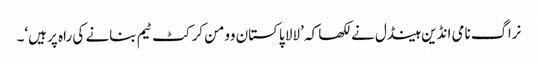
نراگ نامی انڈین ہینڈل نے لکھا کہ ’لالا پاکستان وومن کرکٹ ٹیم بنانے کی راہ پر ہیں‘۔